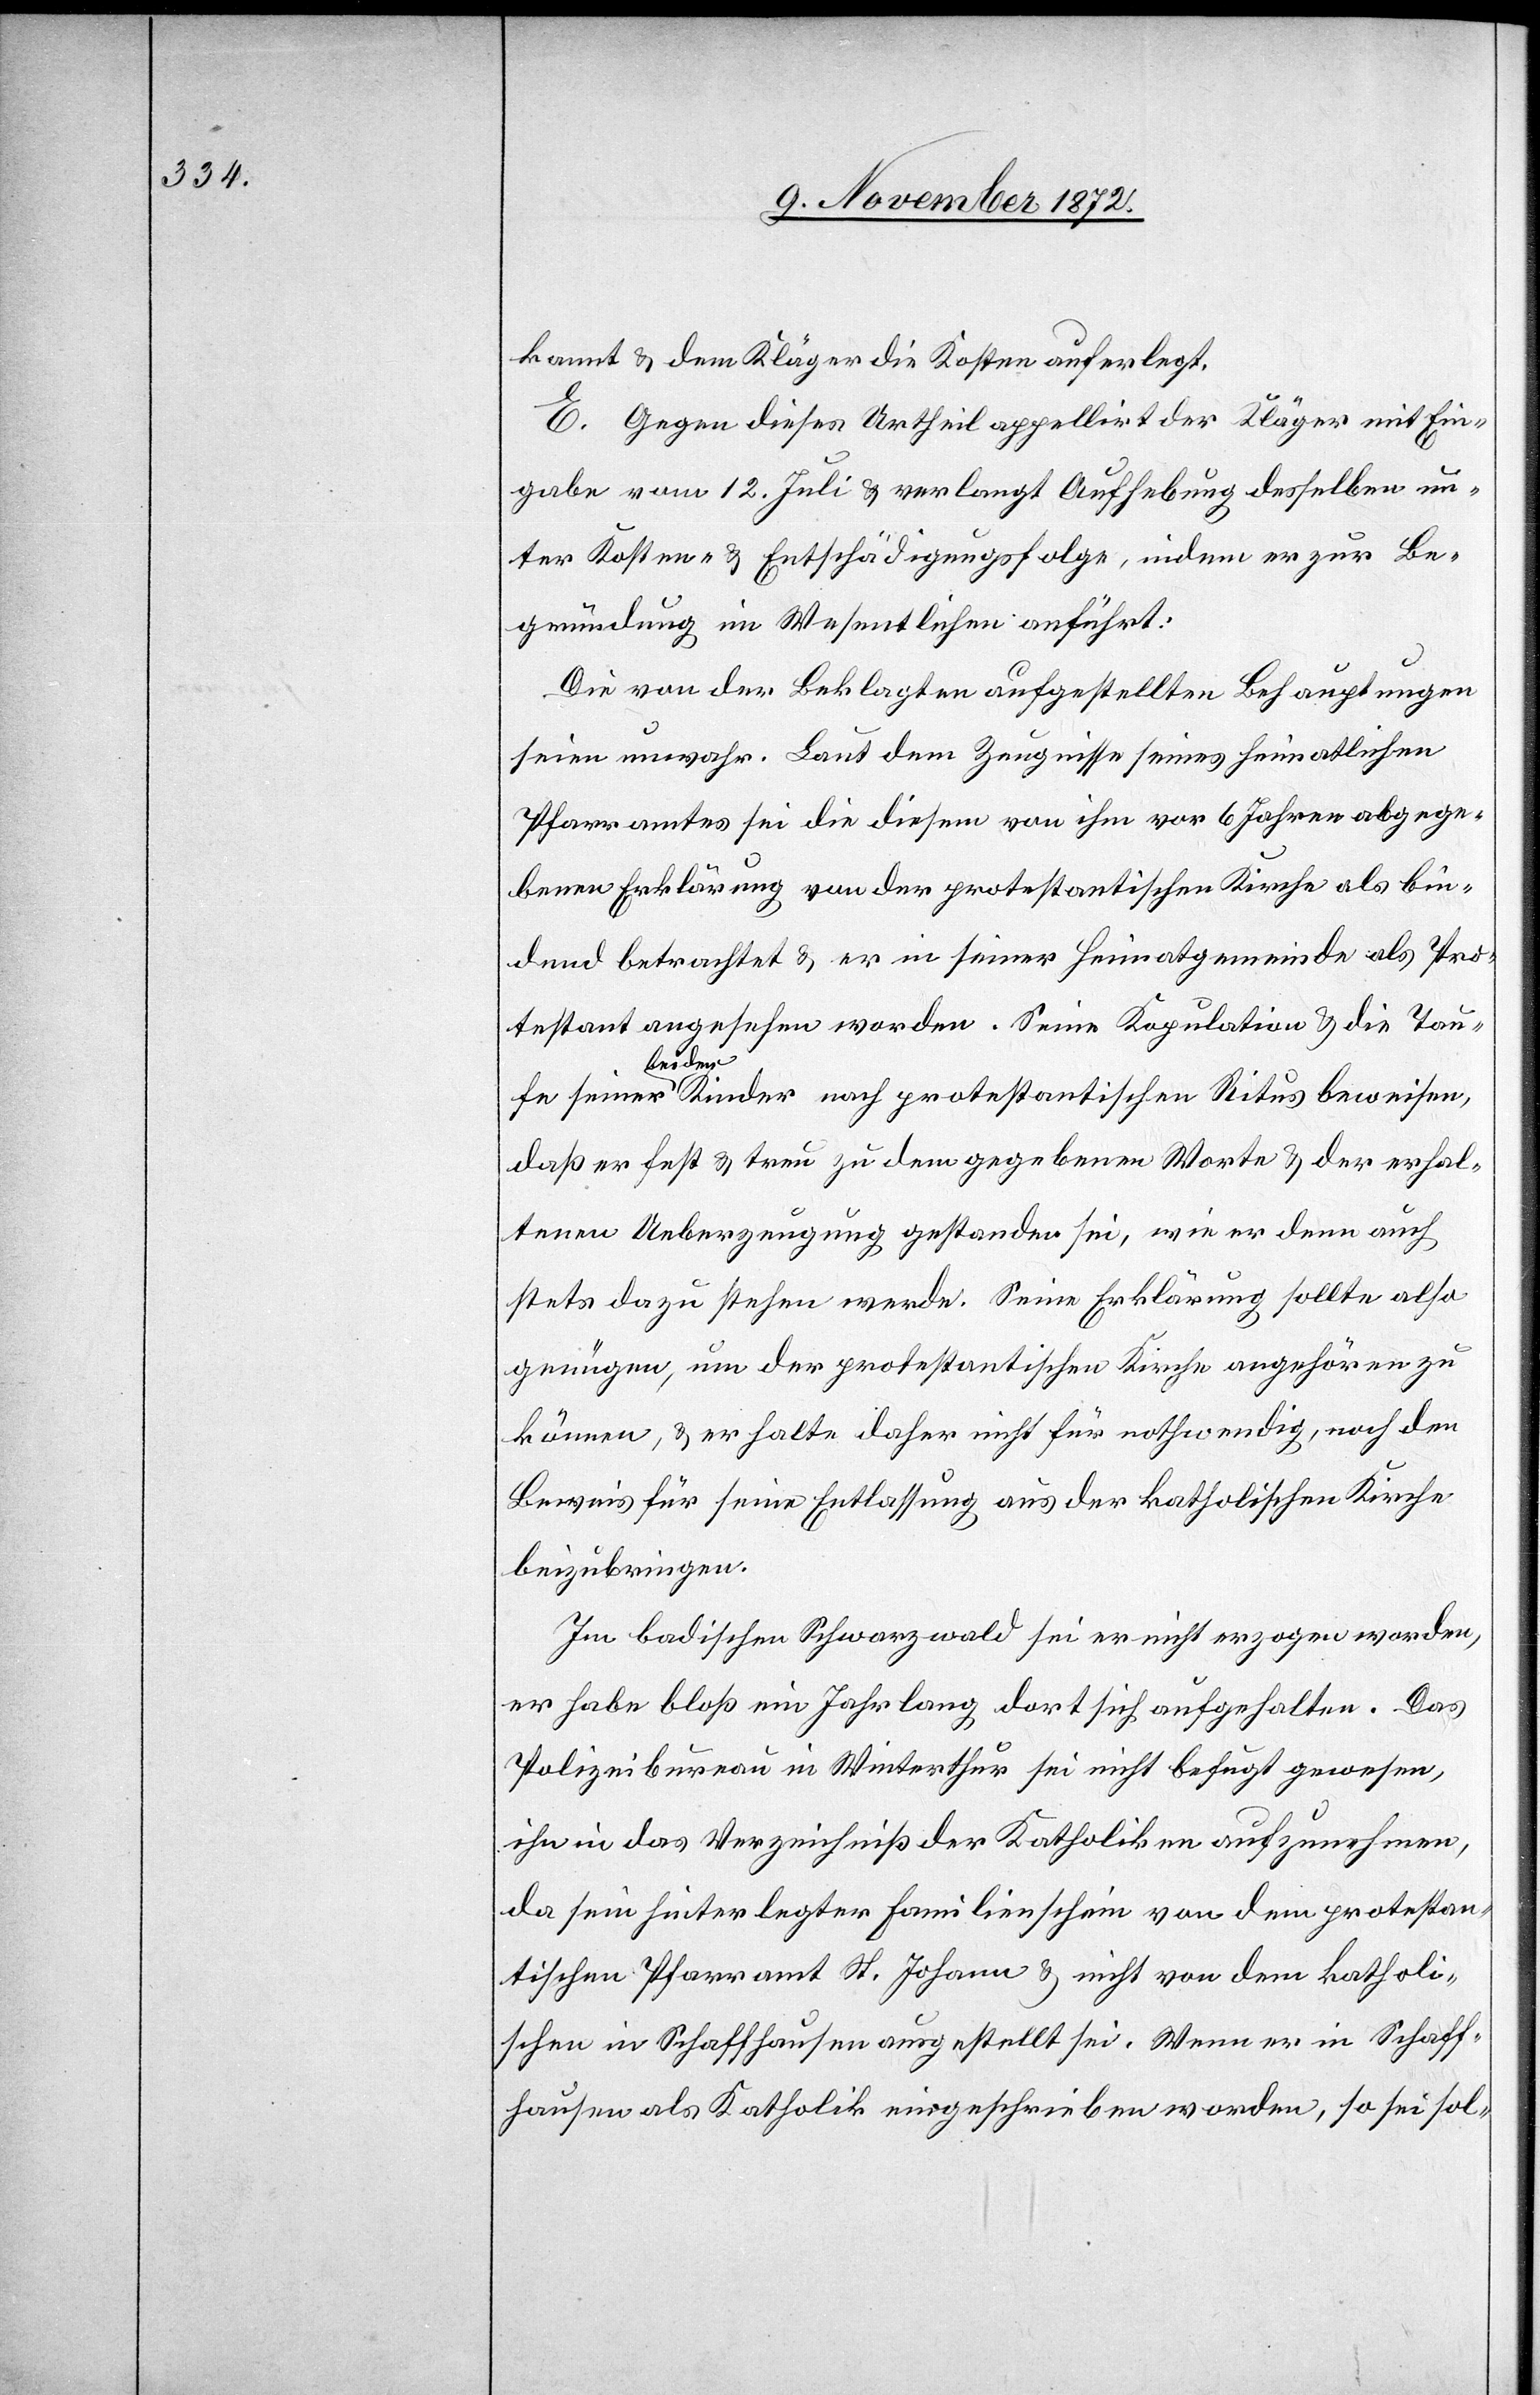
kannt u. dem Kläger die Kosten auferlegt.
E. Gegen dieses Urtheil appellirt der Kläger mit Ein¬
gabe vom 12. Juli u. verlangt Aufhebung desselben un¬
ter Kosten- u. Entschädigungsfolge, indem er zur Be¬
gründung im Wesentlichen anführt:
Die von der Beklagten aufgestellten Behauptungen
seien unwahr. Laut dem Zeugnisse seines heimatlichen
Pfarramtes sei die diesem von ihm vor 6 Jahren abgege¬
benen Erklärung von der protestantischen Kirche als bin¬
dend betrachtet u. er in seiner Heimatgemeinde als Pro¬
testant angesehen worden. Seine Kopulation u. die Tau¬
fe sein¬
er beiden Kinder nach protestantischen Ritus beweisen,
daß er fest u. treu zu dem gegebenen Worte u. der erhal¬
tenen Ueberzeugung gestanden sei, wie er denn auch
stets dazu stehen werde. Seine Erklärung sollte also
genügen, um der protestantischen Kirche angehören zu
können, u. er halte daher nicht für nothwendig, noch den
Beweis für seine Entlassung aus der katholischen Kirche
beizubringen.
Im badischen Schwarzwald sei er nicht erzogen worden,
er habe bloß ein Jahrlang dort sich aufgehalten. Das
Polizeibureau in Winterthur sei nicht befugt gewesen,
ihn in das Verzeichniß der Katholiken aufzunehmen,
da sein hinterlegter Familienschein von dem protestan¬
tischen Pfarramt St. Johann u. nicht von dem katholi¬
schen in Schaffhausen ausgestellt sei. Wenn er in Schaff¬
hausen als Katholik eingeschrieben worden, so sei sol-